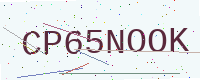
Text: CP65NOOK